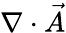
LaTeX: \nabla\cdot{\vec{A}}